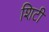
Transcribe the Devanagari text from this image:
शिटी